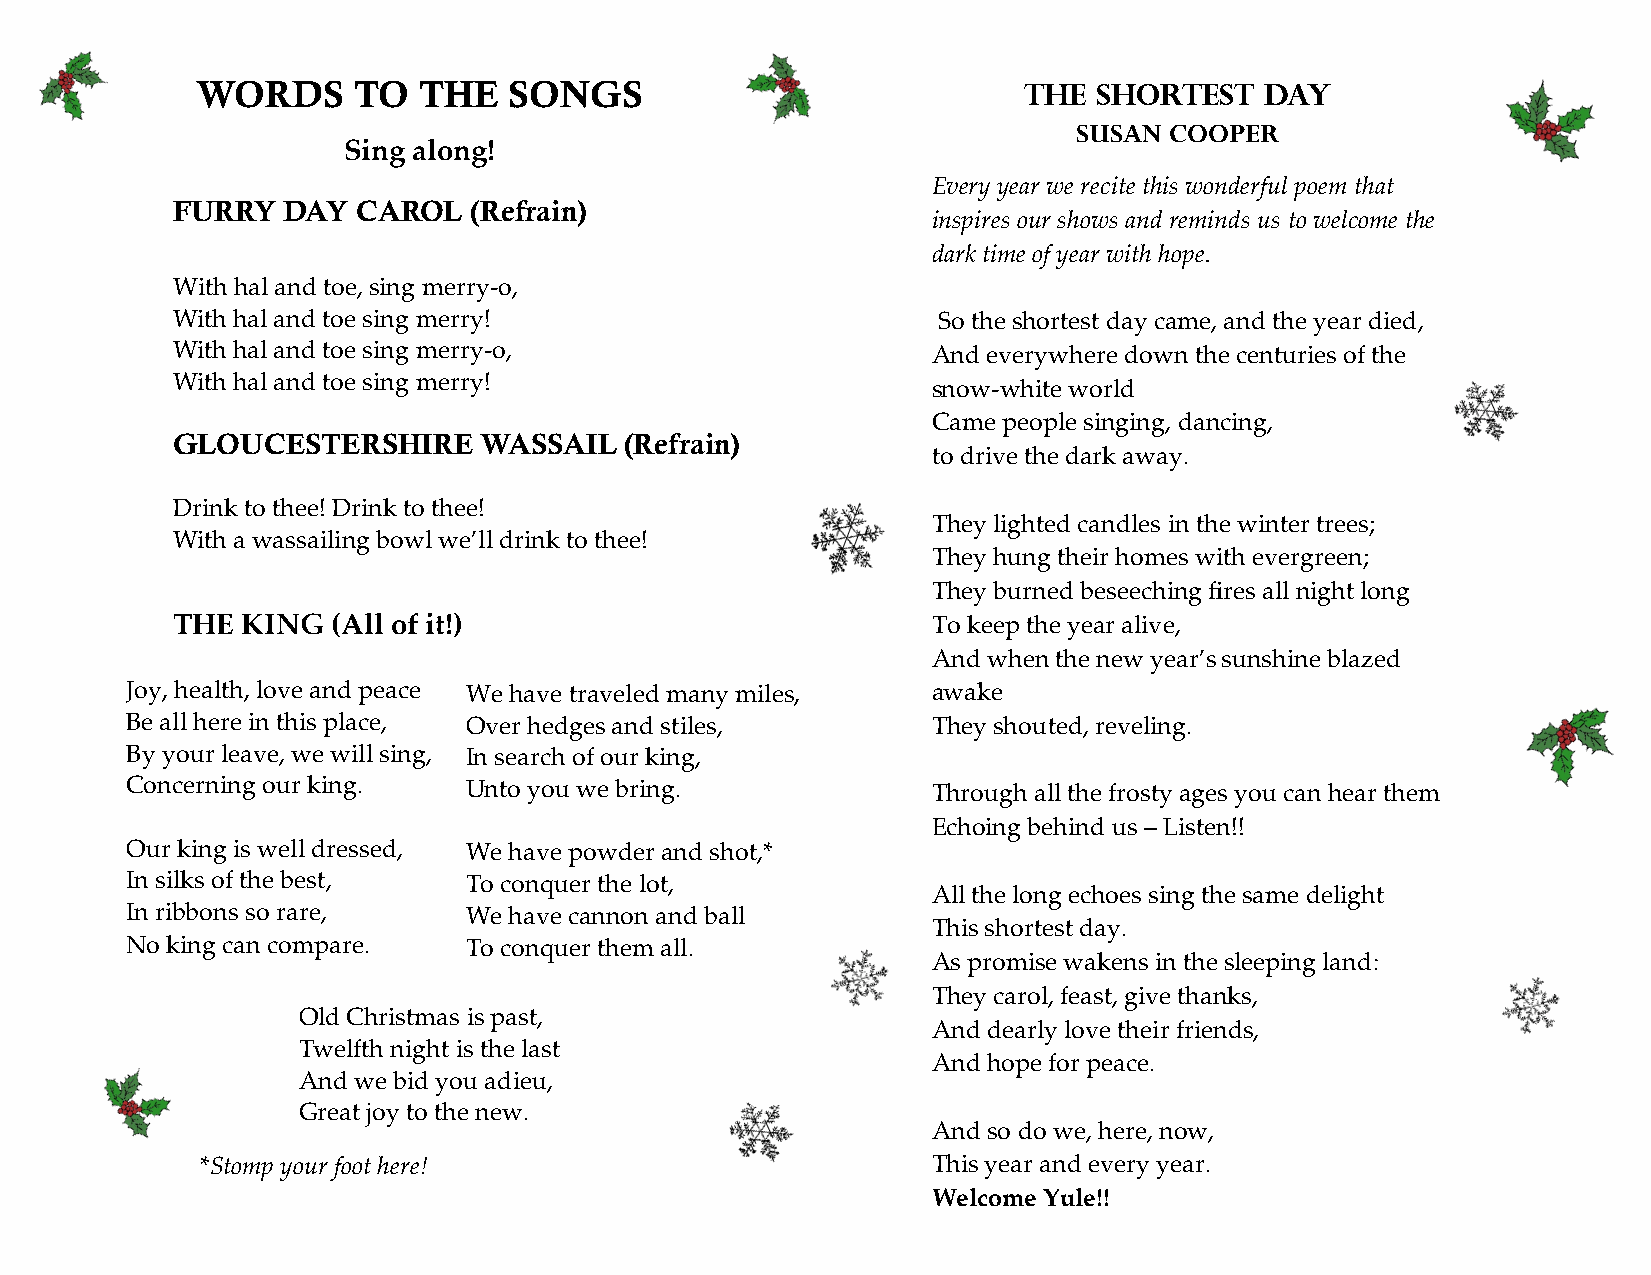
WORDS     TO   THE   SONGS                             THE  SHORTEST   DAY
 SUSAN COOPER
 Sing along!
 Every year we recite this wonderful poem that
 FURRY   DAY  CAROL  (Refrain)
 inspires our shows and reminds us to welcome the
 dark time of year with hope.
 With hal and toe, sing merry-o,
 With hal and toe sing merry!                       So the shortest day came, and the year died,
 With hal and toe sing merry-o,                     And everywhere down the centuries of the
 With hal and toe sing merry!
 snow-white world
 Came people singing, dancing,
 GLOUCESTERSHIRE      WASSAIL  (Refrain)
 to drive the dark away.
 Drink to thee! Drink to thee!
 They lighted candles in the winter trees;
 With a wassailing bowl we’ll drink to thee!
 They hung their homes with evergreen;
 They burned beseeching fires all night long
 THE  KING  (All of it!)                            To keep the year alive,
 And when the new year’s sunshine blazed
 Joy, health, love and peace We have traveled many miles, awake
 Be all here in this place, Over hedges and stiles,    They shouted, reveling.
 By your leave, we will sing, In search of our king,
 Concerning our king.   Unto you we bring.             Through all the frosty ages you can hear them
 Echoing behind us – Listen!!
 Our king is well dressed, We have powder and shot,*
 In silks of the best,  To conquer the lot,
 All the long echoes sing the same delight
 In ribbons so rare,    We have cannon and ball
 This shortest day.
 No king can compare.   To conquer them all.
 As promise wakens in the sleeping land:
 They carol, feast, give thanks,
 Old Christmas is past,
 And dearly love their friends,
 Twelfth night is the last
 And hope for peace.
 And we bid you adieu,
 Great joy to the new.
 And so do we, here, now,
 *Stomp your foot here!                           This year and every year.
 Welcome Yule!!